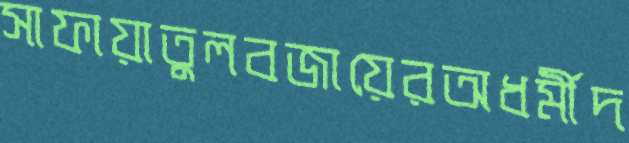
সাফায়াতুলবজায়েরঅধর্মীদ